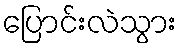
ပြောင်းလဲသွား